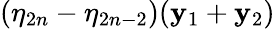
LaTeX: (\eta_{2n}-\eta_{2n-2})(\mathbf{y}_{1}+\mathbf{y}_{2})